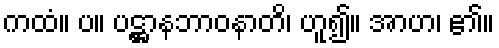
ကထံ။ ပ။ ပဋ္ဌာနဘာဝနာတိ၊ ဟူ၍။ အာဟ၊ ၏။